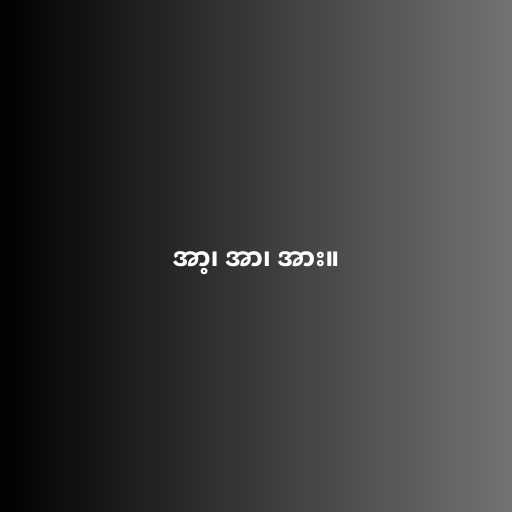
အာ့၊ အာ၊ အား။